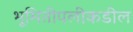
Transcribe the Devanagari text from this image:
भूमितीपलीकडील